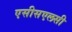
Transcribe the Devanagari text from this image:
एसीसएलसी